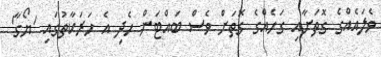
ވެލައެއްގެ ގޮތަށާއި ގަހެއްގެ ގޮތަށް ވެސް ބައްޓަން ހެދި އެ ހަރަކާތުގައި 'ޔޯގާ'